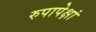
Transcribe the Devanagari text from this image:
रुपापेक्षां